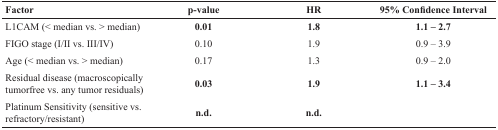
<table><thead><tr><td><b>Factor</b></td><td><b>p-value</b></td><td><b>HR</b></td><td><b>95% Confidence Interval</b></td></tr></thead><tbody><tr><td>L1CAM (&lt; median vs. &gt; median)</td><td><b>0.01</b></td><td><b>1.8</b></td><td><b>1.1 – 2.7</b></td></tr><tr><td>FIGO stage (I/II vs. III/IV)</td><td>0.10</td><td>1.9</td><td>0.9 – 3.9</td></tr><tr><td>Age (&lt; median vs. &gt; median)</td><td>0.17</td><td>1.3</td><td>0.9 – 2.0</td></tr><tr><td>Residual disease (macroscopically tumorfree vs. any tumor residuals)</td><td><b>0.03</b></td><td><b>1.9</b></td><td><b>1.1 – 3.4</b></td></tr><tr><td>Platinum Sensitivity (sensitive vs. refractory/resistant)</td><td><b>n.d.</b></td><td><b>n.d.</b></td><td></td></tr></tbody></table>